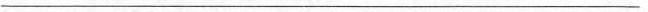
___